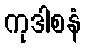
ကုဒါစနံ